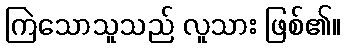
ကြဲသောသူသည် လူသား ဖြစ်၏။